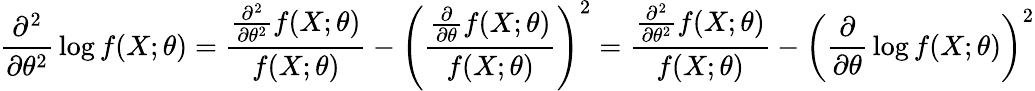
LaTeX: {\frac{\partial^{2}}{\partial\theta^{2}}}\log f(X;\theta)={\frac{{\frac{\partial^{2}}{\partial\theta^{2}}}f(X;\theta)}{f(X;\theta)}}-\left({\frac{{\frac{\partial}{\partial\theta}}f(X;\theta)}{f(X;\theta)}}\right)^{2}={\frac{{\frac{\partial^{2}}{\partial\theta^{2}}}f(X;\theta)}{f(X;\theta)}}-\left({\frac{\partial}{\partial\theta}}\log f(X;\theta)\right)^{2}